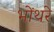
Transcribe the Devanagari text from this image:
भोंथरे